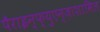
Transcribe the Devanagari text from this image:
पैराइन्फ्युएन्ज़ाशामिल